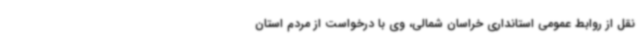
نقل از روابط عمومی استانداری خراسان شمالی، وی با درخواست از مردم استان